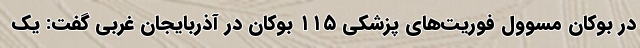
در بوکان مسوول فوریت‌های پزشکی ۱۱۵ بوکان در آذربایجان غربی گفت: یک